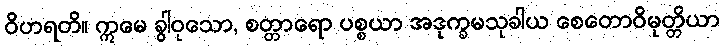
ဝိဟရတိ။ ဣမေ ခွါဝုသော, စတ္တာရော ပစ္စယာ အဒုက္ခမသုခါယ စေတောဝိမုတ္တိယာ